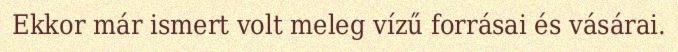
Ekkor már ismert volt meleg vízű forrásai és vásárai.